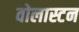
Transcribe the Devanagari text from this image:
वोलास्टन